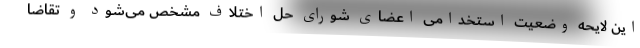
این لایحه وضعیت استخدامی اعضای شورای حل اختلاف مشخص می‌شود و تقاضا